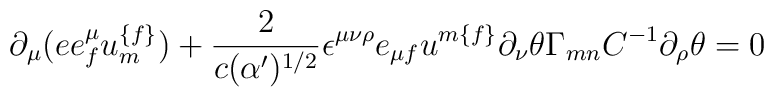
\partial _{\mu }(ee^{\mu }_{{ f}} u^{{ \{f\} }}_{{ m}})+{2 \over {c (\alpha^\prime )^{{ 1/2}}}}\epsilon ^{\mu \nu \rho } e_{\mu { f}} u^{{ m\{f\}}}\partial _{\nu } \theta \Gamma _{{ mn}}C^{-{ 1}} \partial _{\rho }\theta= 0